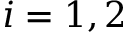
i = 1 , 2